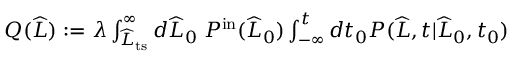
\begin{array} { r } { Q ( \widehat { L } ) : = \lambda \int _ { \widehat { L } _ { \mathrm { t s } } } ^ { \infty } d \widehat { L } _ { 0 } \; P ^ { \mathrm { i n } } ( \widehat { L } _ { 0 } ) \int _ { - \infty } ^ { t } d t _ { 0 } P ( \widehat { L } , t | \widehat { L } _ { 0 } , t _ { 0 } ) } \end{array}